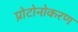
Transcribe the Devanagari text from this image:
प्रोटोनोकरण